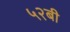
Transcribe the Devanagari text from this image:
५२बी